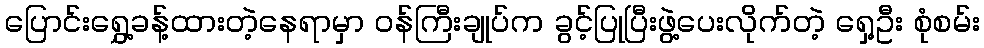
ပြောင်းရွှေ့ခန့်ထားတဲ့နေရာမှာ ဝန်ကြီးချုပ်က ခွင့်ပြုပြီးဖွဲ့ပေးလိုက်တဲ့ ရှေ့ဦး စုံစမ်း